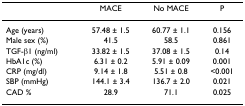
<table><thead><tr><td></td><td><b>MACE</b></td><td><b>No MACE</b></td><td><b>P</b></td></tr></thead><tbody><tr><td>Age (years)</td><td>57.48 ± 1.5</td><td>60.77 ± 1.1</td><td>0.156</td></tr><tr><td>Male sex (%)</td><td>41.5</td><td>58.5</td><td>0.861</td></tr><tr><td>TGF-β1 (ng/ml)</td><td>33.82 ± 1.5</td><td>37.08 ± 1.5</td><td>0.14</td></tr><tr><td>HbA1c (%)</td><td>6.31 ± 0.2</td><td>5.91 ± 0.09</td><td>0.001</td></tr><tr><td>CRP (mg/dl)</td><td>9.14 ± 1.8</td><td>5.51 ± 0.8</td><td>&lt;0.001</td></tr><tr><td>SBP (mmHg)</td><td>144.1 ± 3.4</td><td>136.7 ± 2.0</td><td>0.021</td></tr><tr><td>CAD %</td><td>28.9</td><td>71.1</td><td>0.025</td></tr></tbody></table>